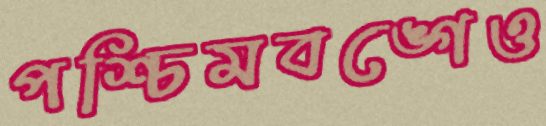
পশ্চিমবঙ্গেও